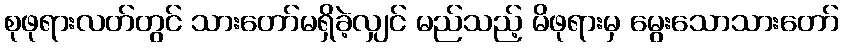
စုဖုရားလတ်တွင် သားတော်မရှိခဲ့လျှင် မည်သည့် မိဖုရားမှ မွေးသောသားတော်